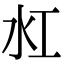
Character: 𬇔